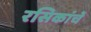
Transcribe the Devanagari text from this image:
रसिकांचें